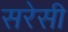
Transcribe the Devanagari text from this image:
सरेसी